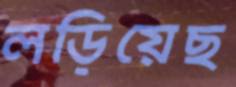
লড়িয়েছ